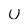
Character: u